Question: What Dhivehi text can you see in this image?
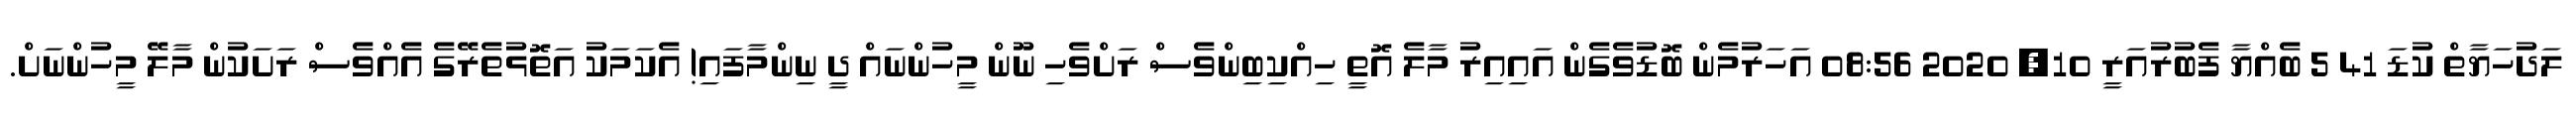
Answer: ލަދުހަޔާތް ކުޑަ 41 5 ބެއްޔާ ފެބުރުއަރީ 10, 2020 08:56 އަހަރުމެން ބޮޑުވެގެން އައިއިރު މާލެ އޮތީ ހިއްކިބިންވެސް ރަށްވެހި ނޫން މީހުންނައް ދީ ނިންމާފައި! އެކަމަކު އަތޮޅުތެރޭގެ އެއްވެސް ރަށަކުން މާލޭ މީހުންނަށް.